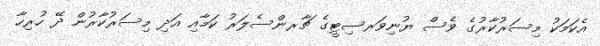
އެކަމަކު މިސަރުކާރުގެ ވެސް ޔުނިވަރސިޓީގެ ޗާރންސެލަރު ކަމާއި އަދި މިސަރުކާރުން ދޭ ހުރިހާ